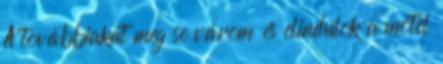
A továbbiakat meg se várom és elindulok a motel